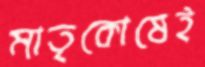
মাতৃকোষেই